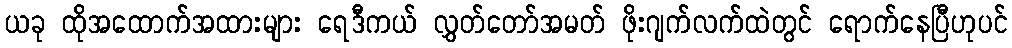
ယခု ထိုအထောက်အထားများ ရေဒီကယ် လွှတ်တော်အမတ် ဖိုးဂျက်လက်ထဲတွင် ရောက်နေပြီဟုပင်